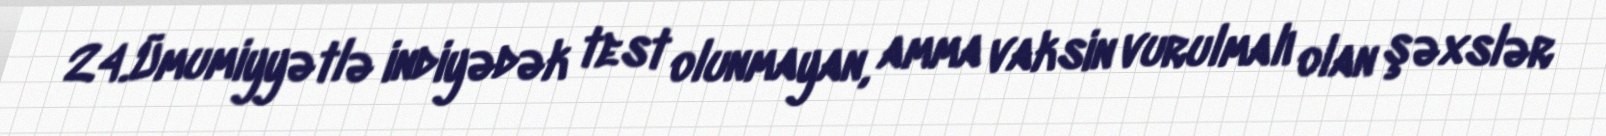
24.Ümumiyyətlə indiyədək test olunmayan, amma vaksin vurulmalı olan şəxslər